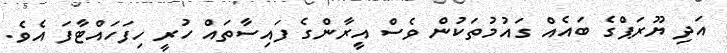
އަދި ޔޫރަޕްގެ ބައެެއް ގައުމުތަކުން ވެސް އީރާންގެ ފައިސާތައް ހުރީ ހިފަހައްޓާފަ އެވެ.